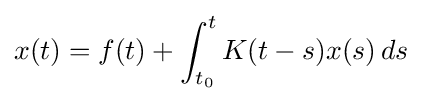
x(t)=f(t)+\int _{t_{0}}^{t}K(t-s)x(s)\,ds